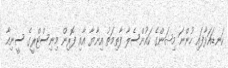
ކަނޑައަޅާފައި ހުންނަ މިޝަންގެ ކައުންސެލާ ފާތިމަތު އިނާޔާ އާއި ފޮރިން މިނިސްޓްރީގެ ސީނިއާ